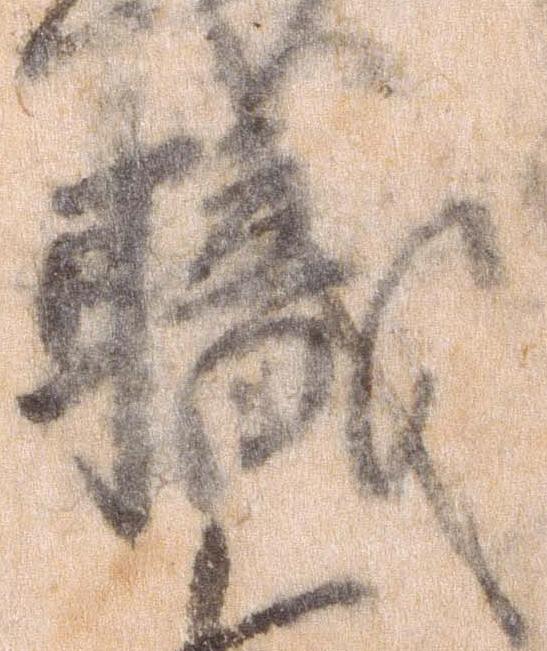
職